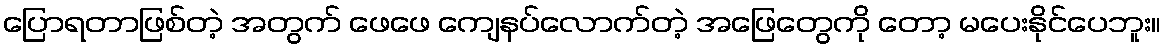
ပြောရတာဖြစ်တဲ့ အတွက် ဖေဖေ ကျေနပ်လောက်တဲ့ အဖြေတွေကို တော့ မပေးနိုင်ပေဘူး။